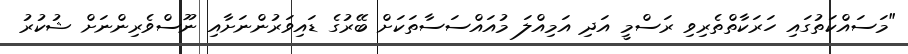
"މަސައްކަތުގައި ހަރަކާތްތެރިވި ރަސްމީ އަދި އަމިއްލަ މުއައްސަސާތަކަށް ބޭރުގެ ޑައިވަރުންނަށާއި ނޫސްވެރިންނަށް ޝުކުރު